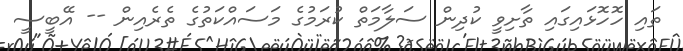
ތައި ހޮހޮޅައިގައި ތާށިވީ ކުދިން ސަލާމަތް ކުރަމުގެ މަަސައްކަތުގެ ތެރެއިން -- އޭބީސީ